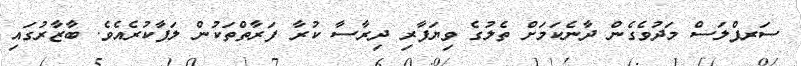
ސަރޕްލަސް މަދުވެގެން ދާނެކަމަށް ތެލުގެ ވިޔަފާރި ދިރާސާ ކުރާ ފަރާތްތަކުން ލަފާކުރެއެވެ. ބާޒާރުގައި